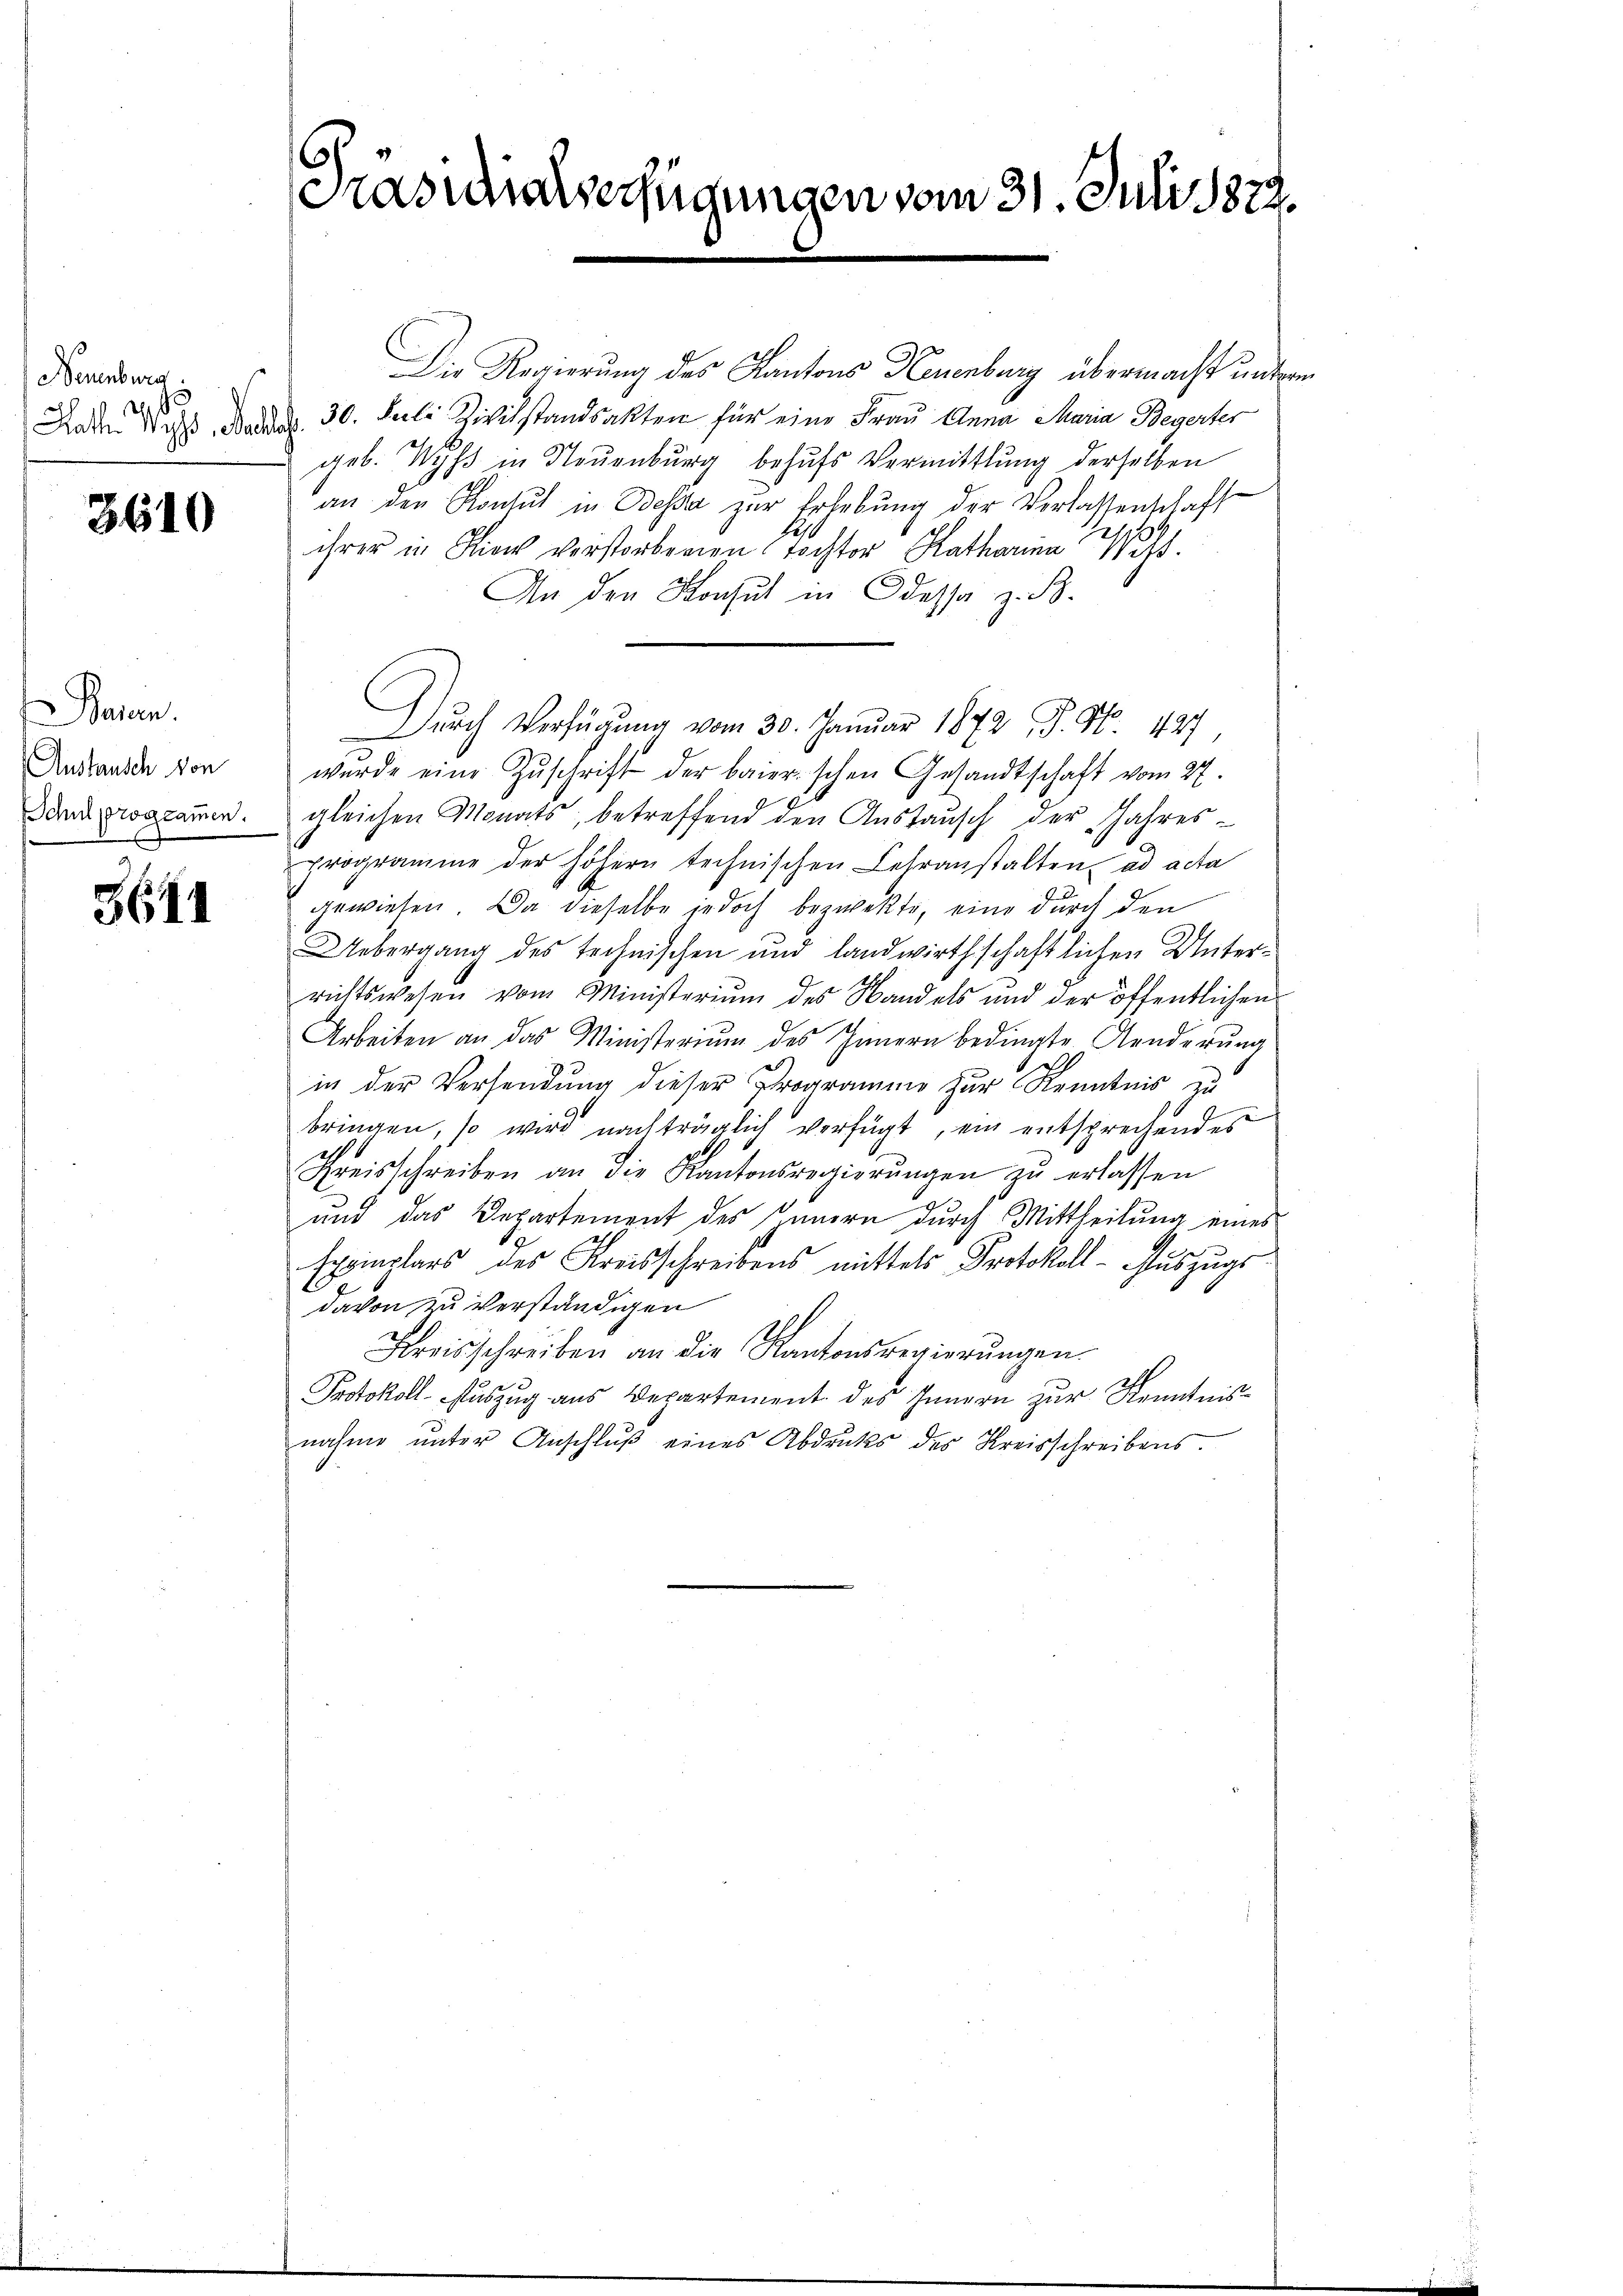
Neuenburg
Rathe Wegs, alle

3610

Baren.
Austausch von

3611

Die Regierung des Kantons Neuenburg übermacht unterm
30. Juli Zivilstandsakten für eine Frau Anna Maria Begerter
geb. Wyss in Neuenburg behufs Vermittlung derselben
an den Konsul in Bessa zur Erhebung der Verlassenschaft
ihrer in die vorstorbenen Tochter Katharina Wass
An den Konsul in dessa z. B.
Dŭrch Verfügŭng vom 30. Januar 1872 P. Nr. 427
werde eine Zŭschrift der baierischen Gesandtschaft vom 27.
Danprogramm. gleichen Monats, betreffend den Austausch der Jahres-
programme der höhern technischen Lehranstalten ad acta
gewiesen. Da dieselbe jedoch bezwekte, eine durch den
Uebergang des technischen und landwirthschaftlichen Unterrichtswesen vom Ministerium des Handels und der öffentlichen
Arbeiten an das Ministerium des Innern bedingte Aenderŭng
in der Versendung dieser Programm zur Kenntnis zu
bringen, so wird nachträglich verfügt, ein entsprechendes
Kreisschreiben an die Kantonsregierŭngen zŭ erlassen
und das Departement des anern durch Mittheilung eines
Exemplars des Kreisschreibens mittels Protokoll- Auszugs
davon zu verständigen
Kreisschreiben an die Kantonsregierŭngen
Protokoll-Auszug aus Departement des Innern zur Kenntnisnahme ŭnter Anschlŭβ eines Abdrucks des Kreisschreibens.

Präsidialverfügungen vom 31. Juli 1872.